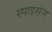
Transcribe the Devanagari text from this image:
स्पाइसेज